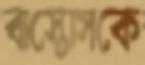
বাস্তোসকে